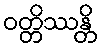
ဝတ္တိဿန္တိ